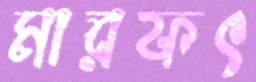
মারফৎ